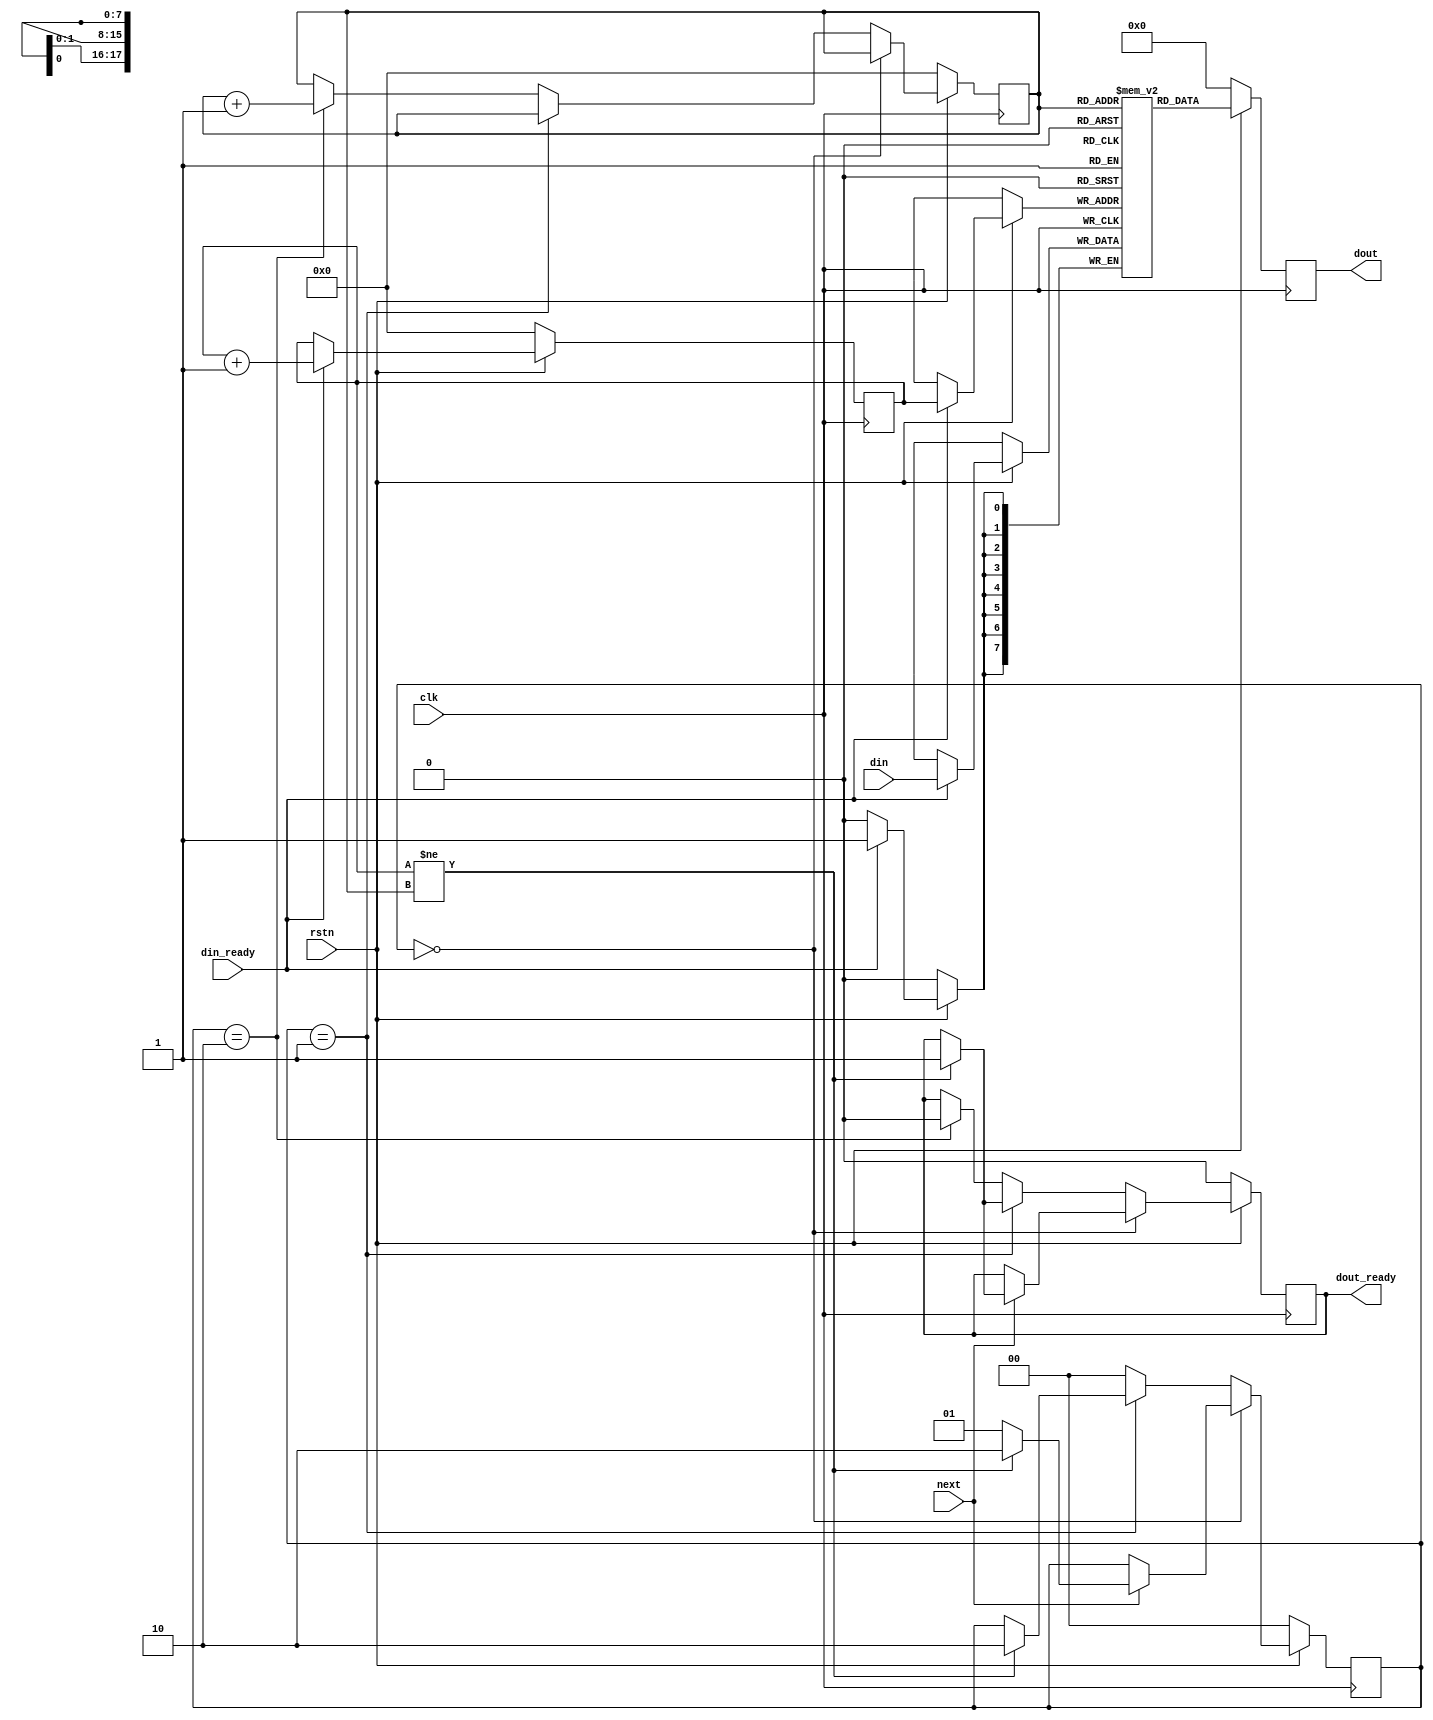
`timescale 1ns / 100ps
`default_nettype none

module uart_buf #(parameter MEM = 18, DWIDTH=8) (clk, rstn, din, din_ready, next, dout, dout_ready);
    input wire clk, rstn, din_ready, next;
    input wire [7:0] din;
    output dout_ready;
    output [7:0] dout;

    wire neq;
    reg dout_ready;
    reg [1:0] state;
    reg [7:0] dout;
    reg [7:0] buffer [0:(1<<MEM)-1];
    reg [MEM-1:0] buf_top, buf_bottom;

    localparam s_wait_next  = 2'b00;
    localparam s_wait_buf   = 2'b01;
    localparam s_ready      = 2'b10;

    assign neq = buf_top != buf_bottom;

    always @(posedge clk) begin
        if (~rstn) begin
            dout <= 0;
        end else begin
            dout <= buffer[buf_bottom];
        end
    end

    always @(posedge clk) begin
        if (~rstn) begin
            buf_top <= 0;
            buf_bottom <= 0;
            dout_ready <= 0;
            state <= s_wait_next;
        end else begin
            if (din_ready) begin
                buffer[buf_top] <= din;
                buf_top <= buf_top + 1;
            end
            if (state == s_wait_next) begin
                if (next) begin
                    if (neq) begin
                        state <= s_ready;
                        dout_ready <= 1;
                    end else begin
                        state <= s_wait_buf;
                    end
                end
            end else if (state == s_wait_buf) begin
                if (neq) begin
                    state <= s_ready;
                    dout_ready <= 1;                    
                end
            end else if (state == s_ready) begin
                state <= s_wait_next;
                dout_ready <= 0;
                buf_bottom <= buf_bottom + 1;
            end else begin
                state <= s_wait_next;
            end
        end
    end
endmodule